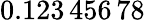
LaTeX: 0.123\, 456\, 78